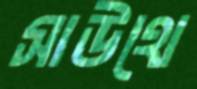
সাউথে